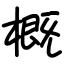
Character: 概